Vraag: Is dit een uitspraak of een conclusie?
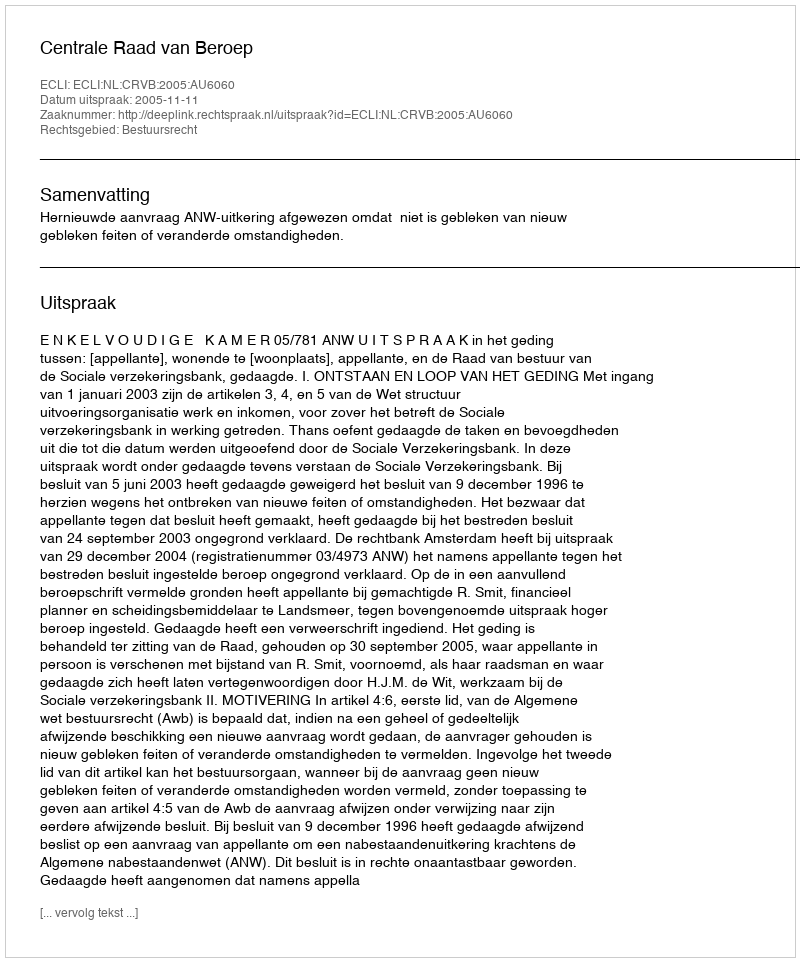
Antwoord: Uitspraak